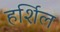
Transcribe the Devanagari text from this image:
हर्शिल